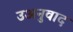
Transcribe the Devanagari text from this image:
उअनुवाद